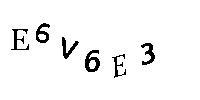
E6V6E3